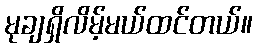
မုချရှိလိမ့်မယ်ထင်တယ်။